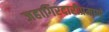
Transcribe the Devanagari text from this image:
जहागिरदारीप्रमाणे